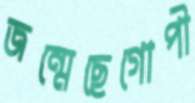
জন্মেছেগোপী